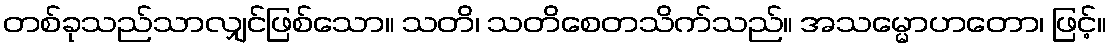
တစ်ခုသည်သာလျှင်ဖြစ်သော။ သတိ၊ သတိစေတသိက်သည်။ အသမ္မောဟတော၊ ဖြင့်။